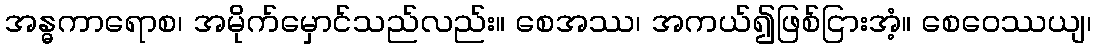
အန္ဓကာရောစ၊ အမိုက်မှောင်သည်လည်း။ စေအဿ၊ အကယ်၍ဖြစ်ငြားအံ့။ စေဝေဿယျ၊